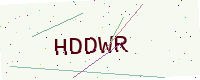
Text: HDDWR